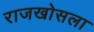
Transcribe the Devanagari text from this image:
राजखोसला